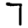
Digit: 7